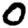
Digit: 0